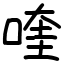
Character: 喹